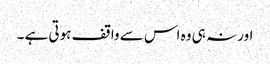
اور نہ ہی وہ اس سے واقف ہوتی ہے ۔